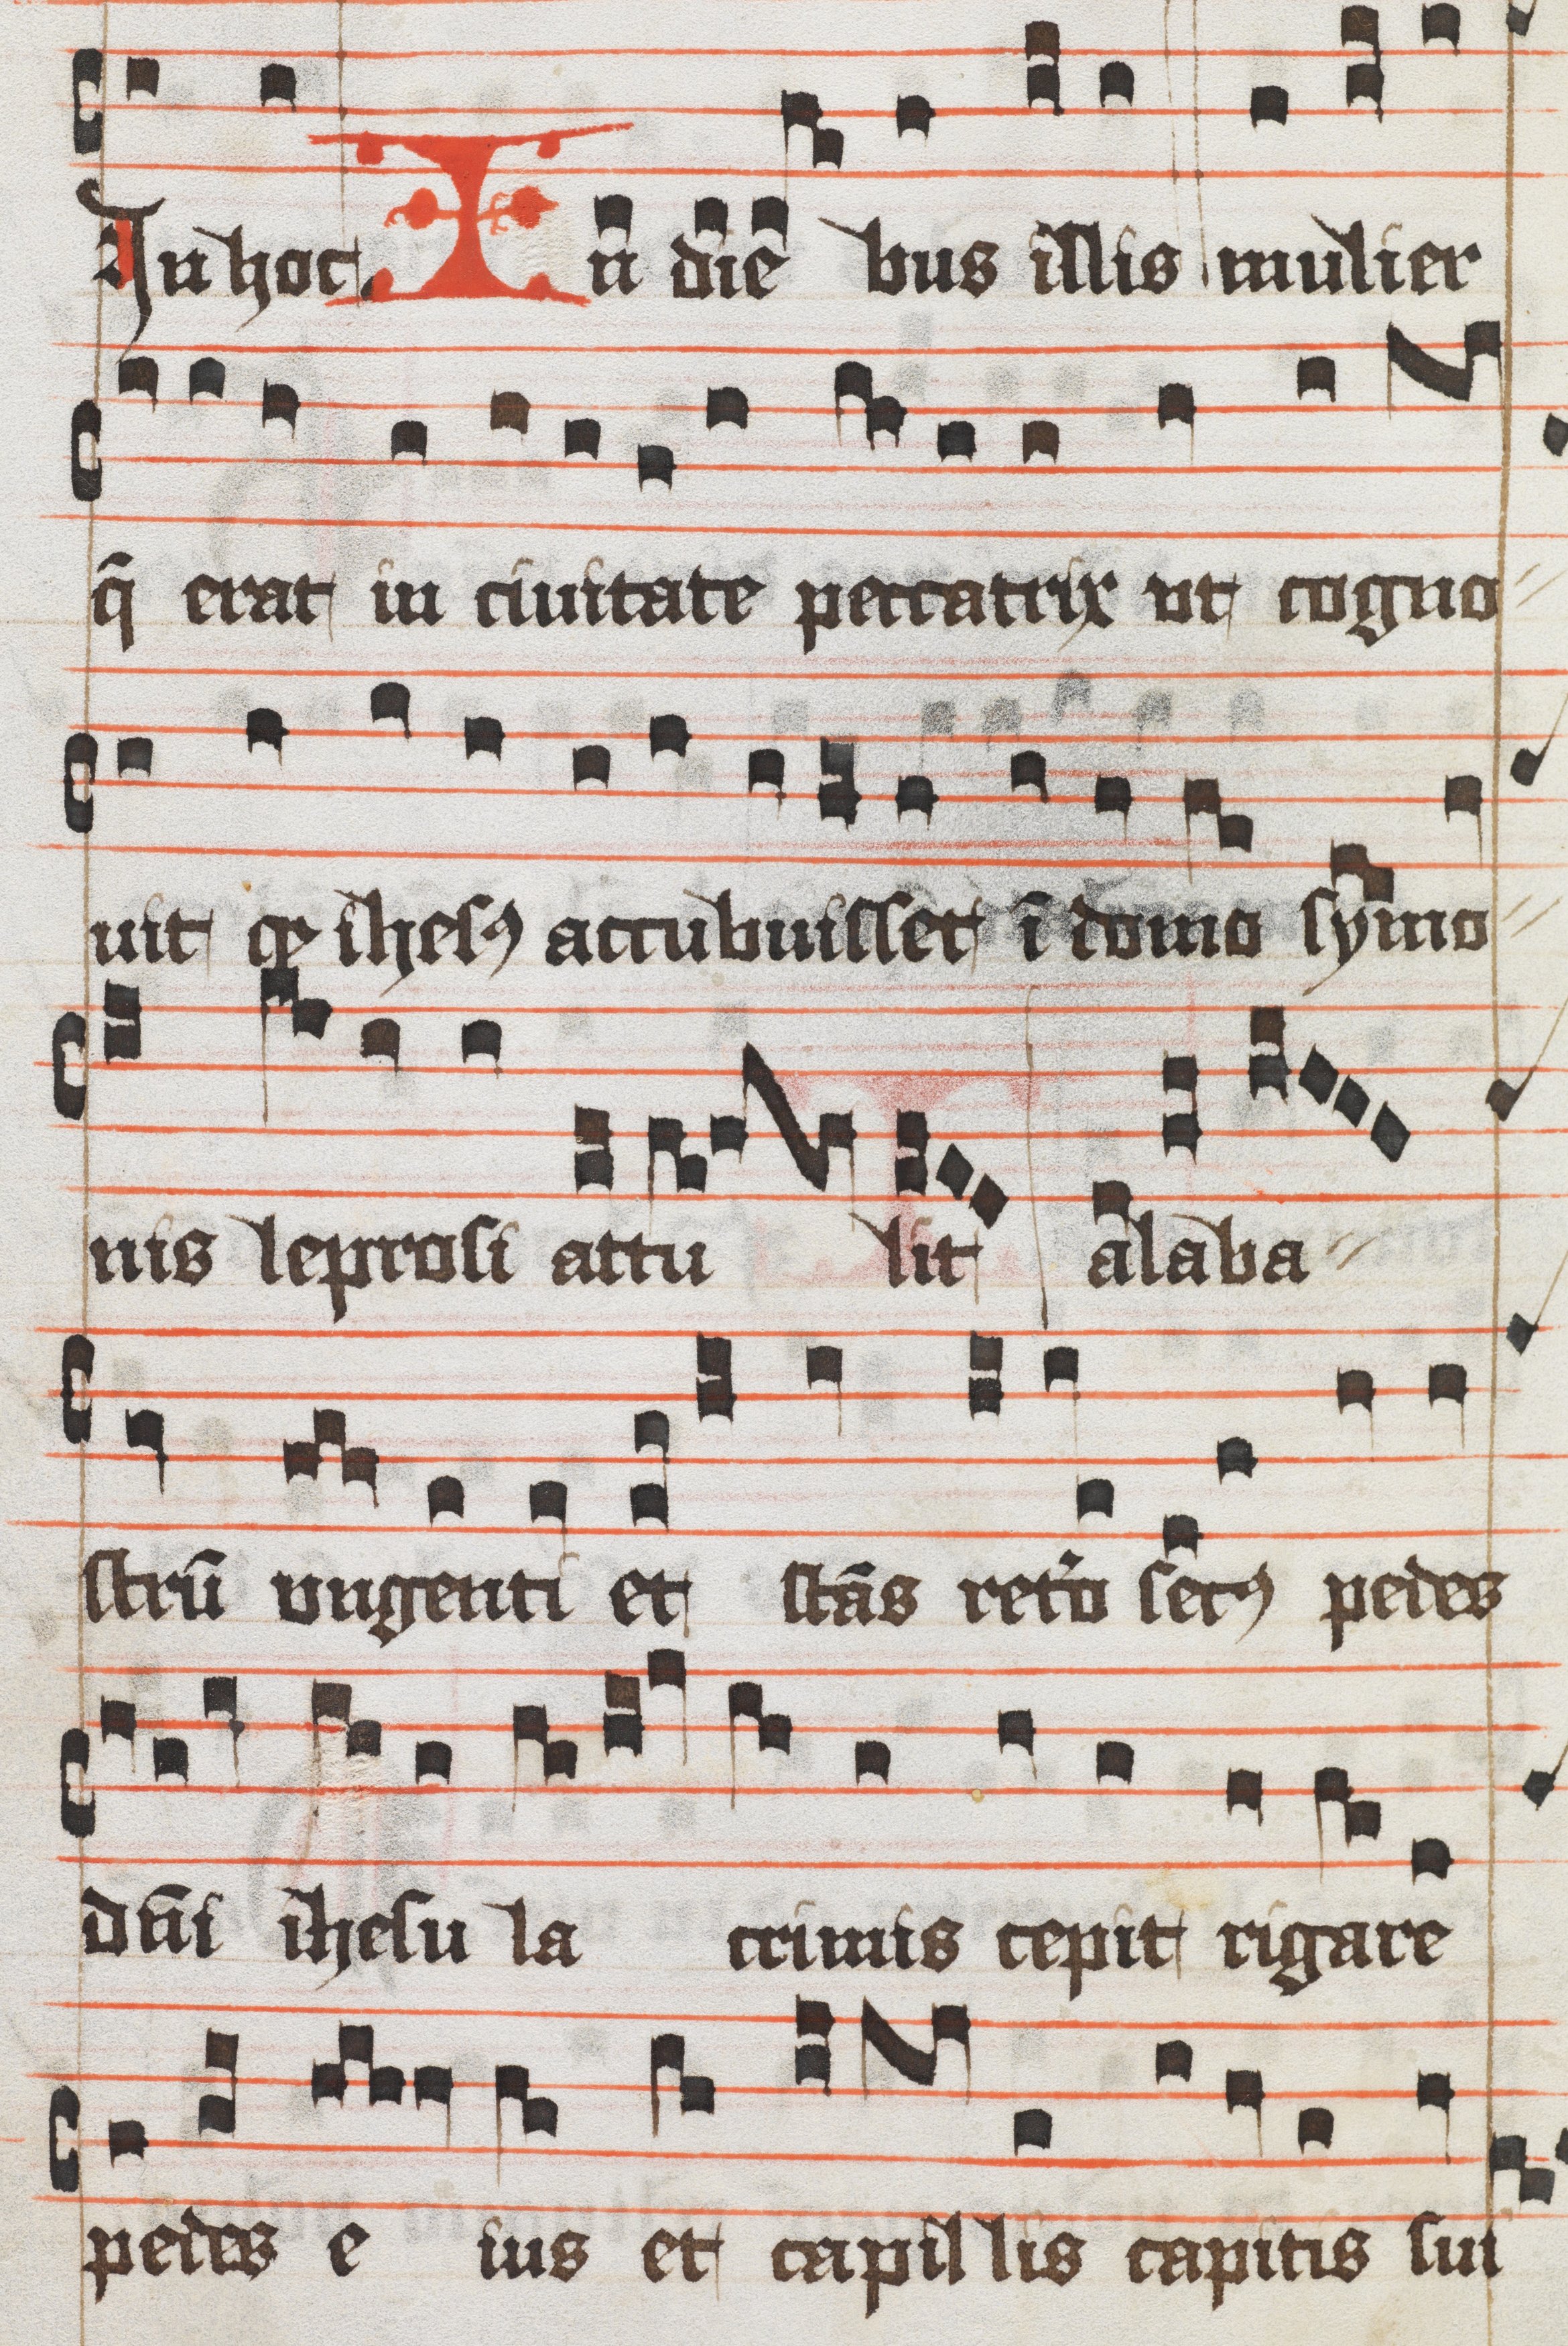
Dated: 1400–1499